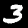
Digit: 3